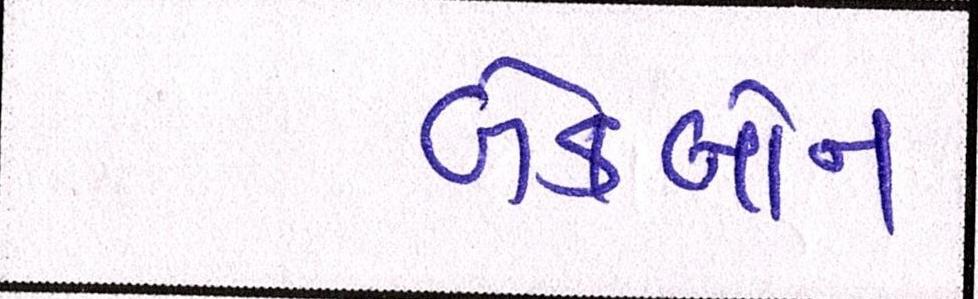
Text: બેકબોન